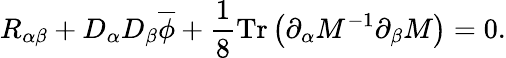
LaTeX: R_{\alpha\beta}+D_{\alpha}D_{\beta}\overline{{{\phi}}}+\frac{1}{8}\mathrm{Tr}\left(\partial_{\alpha}M^{-1}\partial_{\beta}M\right)=0.